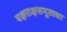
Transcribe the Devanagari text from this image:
यक्षराक्षसभूताद्या